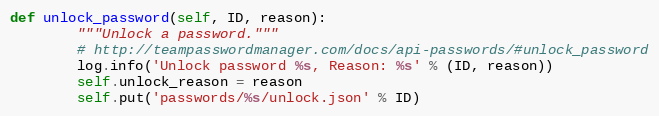
Language: Python
def unlock_password(self, ID, reason):
        """Unlock a password."""
        # http://teampasswordmanager.com/docs/api-passwords/#unlock_password
        log.info('Unlock password %s, Reason: %s' % (ID, reason))
        self.unlock_reason = reason
        self.put('passwords/%s/unlock.json' % ID)